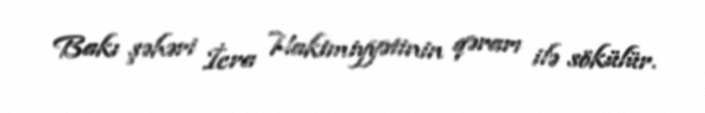
Bakı şəhəri İcra Hakimiyyətinin qərarı ilə sökülür.